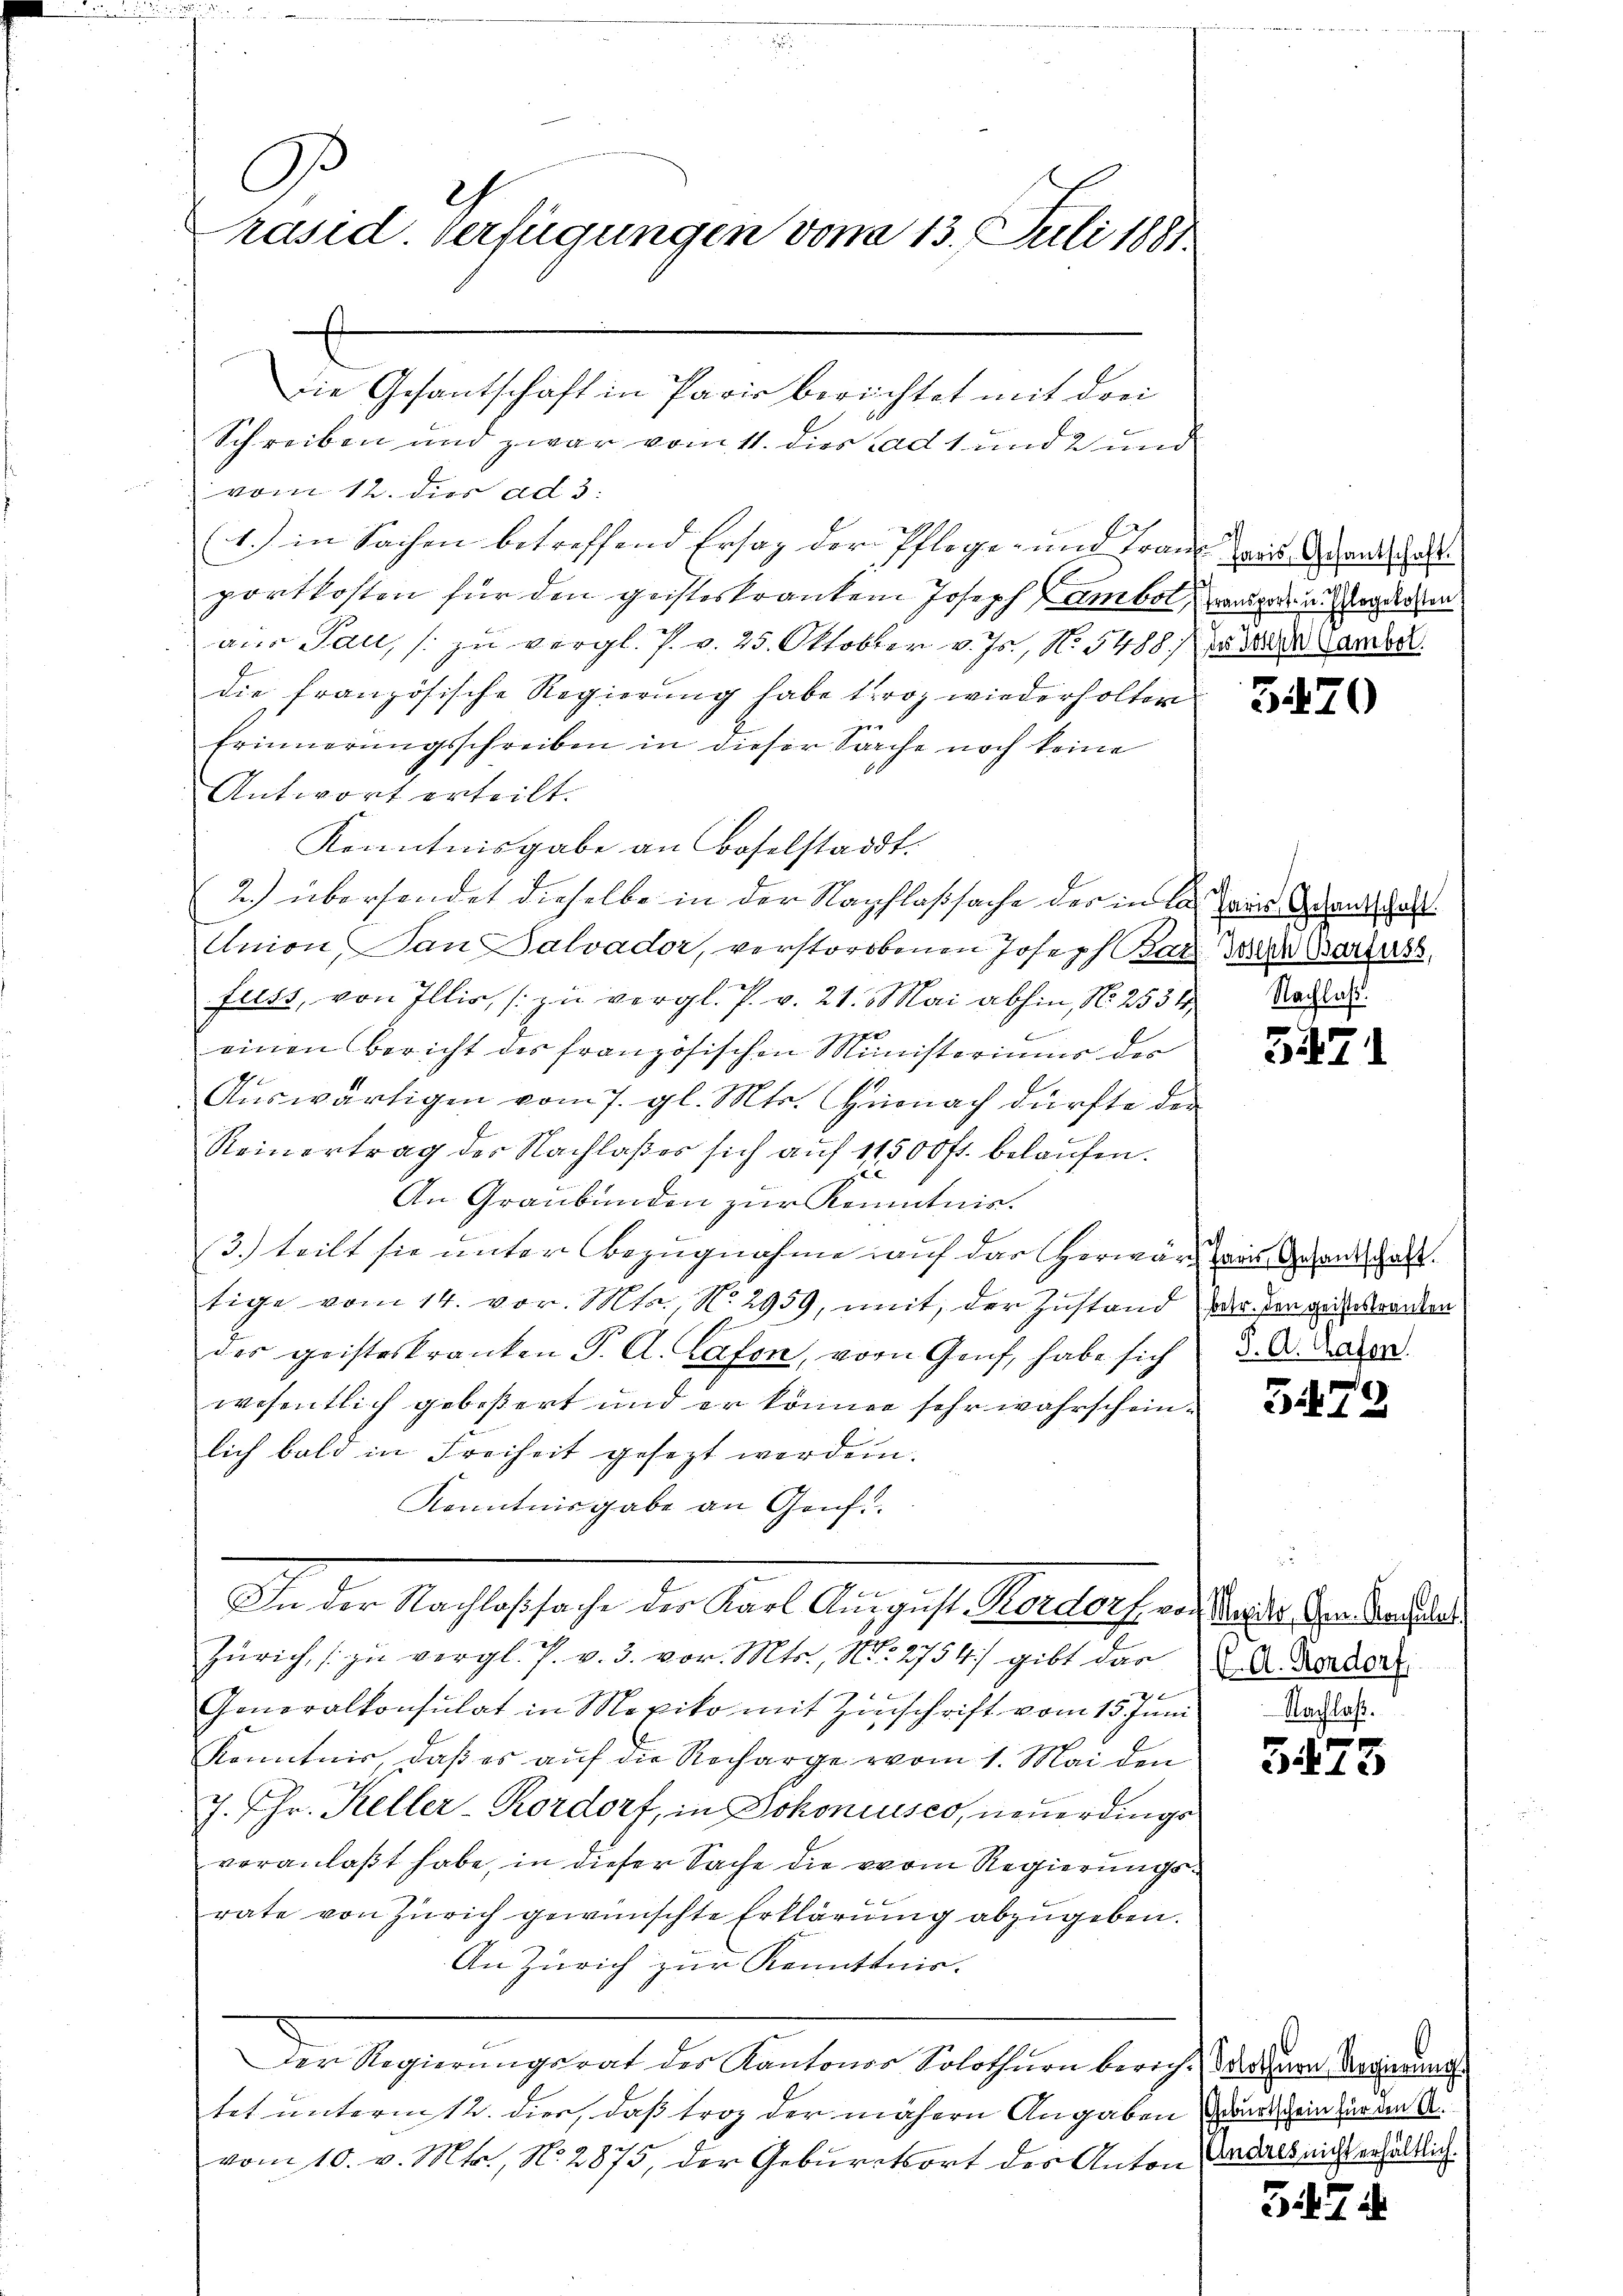
A.
2
räsid. Verfügungen vom 13. Juli 1881

E
die Gesantschaft in Paris berichtet mit drei
Schreiben und zwar vom 11. dies ad 1 und 2 und
vom 12. der ad 3.
(1.) in Sachen betreffend Ersaz der Pflege- und Traue die Abends a
portkosten für den geisteskranken Joseph Lambol, weniger u. sogen
aus Pau, / zu vergl. P. v. 25. Oktober v. Js., N. 5488 des ander
die französische Regierung habe troz wiederholter
Erinnerungsschreiben in dieser Sache noch keine
Antwort erteilt.
Kenntnisgabe an Baselstadt.
2.) übersendet dieselbe in der Nachlaßsache des in las ins enthalt
Union, an Salvador, verstorbenen Joseph Bar Jahr Warters
fuss, von Illis, (zu vergl. P. v. 21. Mai abhin, No. 2534,
einen Bericht des französischen Ministeriums der
Auswärtigen vom 7. gl. Mts. Hürnach dürfte der
Reinertrag der Nachlaßes sich auf 11500 fr. belaufen.
2
An Graubünden zur Kenntnis.
3.) teilt sie unter Bezugnahme auf das Herwart zwei Grenthalt
tige vom 14. vor. Mts. N. 2959, mit, der Zustand der den gesandten
der geisteskranken S. A. Cafon, vorn Genf, habe sich
wesentlich gebeßert und er können sehr wahrscheinlich bald in Freiheit gesezt werden.
Kenntnisgabe an Genf
In der Nachlossache des Karl August-Kordorf von Basis der Nachde
Zürich, zu vergl. P. v. 3. vor. Mts., N. 2754/ gibt das K. A. Herber
Generalkonsulat in Mexiko mit Zuschrift vom 15 Juni daher
Kenntnis, daß es aŭf die Recharge vom 1. Mai den
7. Chr. Keller-Kordorf, in Johoniusco, neuerdings
veranlaßt habe, in dieser Sache die vom Regierungsrate von Zürich gewünschte Erklärung abzugeben.
An Zürich zur Kennttnis.
Der Regierungsrat des Kantones Solothurn berich. Das zur Vergierungs
tet untermitt. dies, daß troz der nähern Angaben wird sein zur im A.
vom 10. v. Mts., N. 2875, der Geburtsort des Anton andals nicht erhältig.

3470

Nachlaß.

5471

J. A. Grafen.

347

f
15

34 d